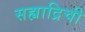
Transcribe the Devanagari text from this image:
सह्याद्रिची